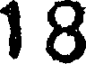
18